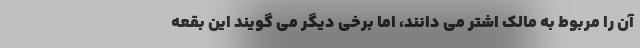
آن را مربوط به مالک اشتر می دانند، اما برخی دیگر می گویند این بقعه